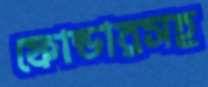
ফোল্ডারসহ